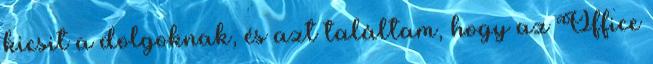
kicsit a dolgoknak, és azt találtam, hogy az Office